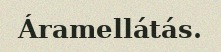
Áramellátás.